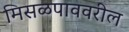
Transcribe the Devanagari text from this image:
मिसळपाववरील